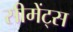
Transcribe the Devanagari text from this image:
सीमेंट्स